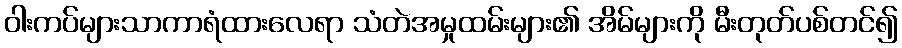
ဝါးကပ်များသာကာရံထားလေရာ သံတဲအမှုထမ်းများ၏ အိမ်များကို မီးတုတ်ပစ်တင်၍